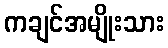
ကချင်အမျိုးသား